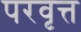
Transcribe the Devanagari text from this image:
परवृत्त